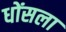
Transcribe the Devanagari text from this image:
धोंसला